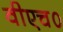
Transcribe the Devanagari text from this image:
वीएच०